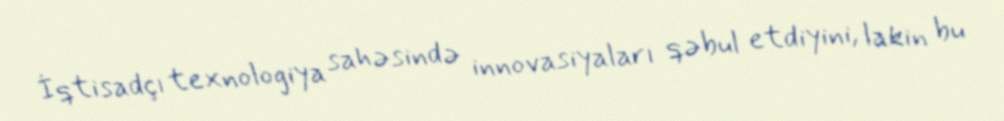
İqtisadçı texnologiya sahəsində innovasiyaları qəbul etdiyini, lakin bu